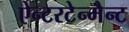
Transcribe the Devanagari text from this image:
ऐन्टरटेन्मैन्ट